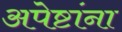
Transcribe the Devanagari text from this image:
अपेष्टांना